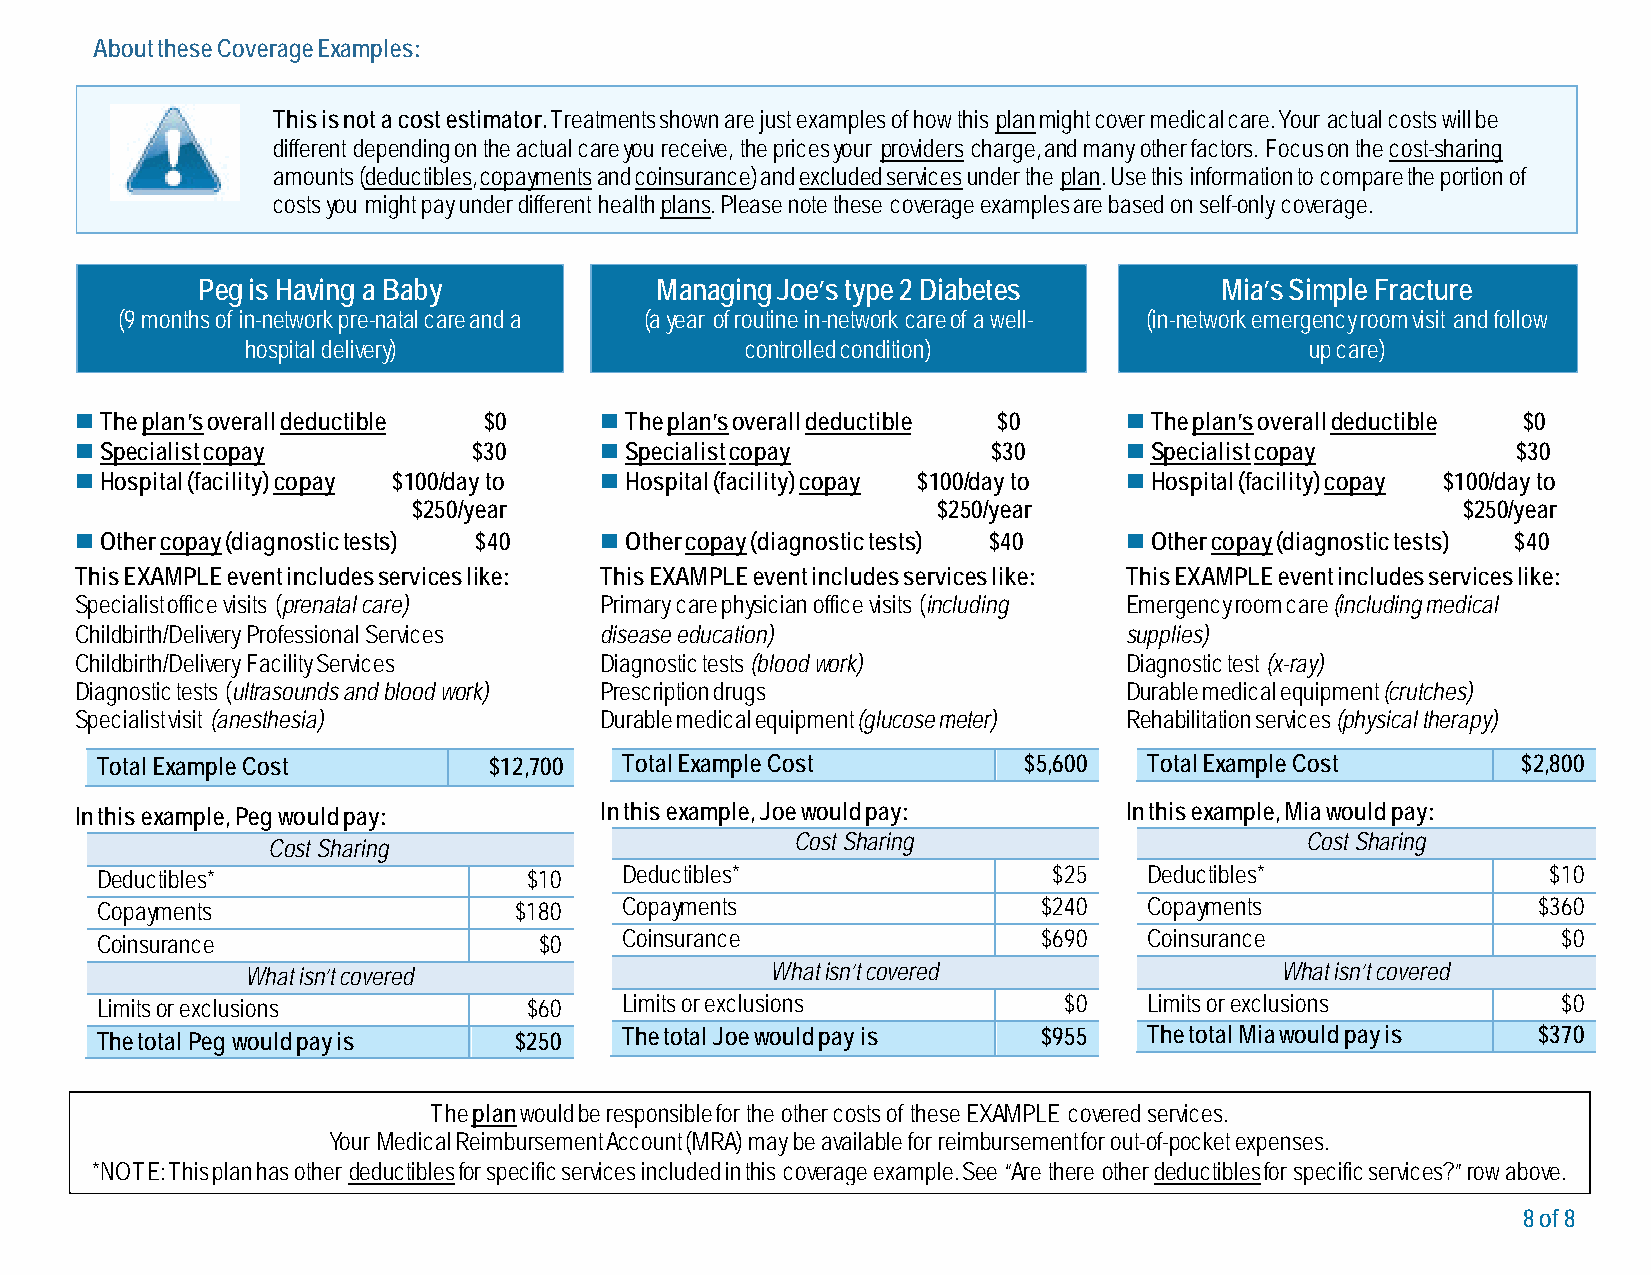
About these Coverage Examples:
 This is not a cost estimator. Treatments shown are just examples of how this plan might cover medical care. Your actual costs will be
 different depending on the actual care you receive, the prices your providers charge, and many other factors. Focus on the cost-sharing
 amounts (deductibles, copayments and coinsurance) and excluded services under the plan. Use this information to compare the portion of
 costs you might pay under different health plans. Please note these coverage examples are based on self-only coverage.
 Peg is Having a Baby          Managing Joe’s type 2 Diabetes        Mia’s Simple Fracture
 (9 months of in-network pre-natal care and a (a year of routine in-network care of a well- (in-network emergency room visit and follow
 hospital delivery)               controlled condition)                 up care)
  The plan’s overall deductible $0  The plan’s overall deductible $0  The plan’s overall deductible $0
  Specialist copay        $30       Specialist copay        $30      Specialist copay        $30
  Hospital (facility) copay $100/day to  Hospital (facility) copay $100/day to  Hospital (facility) copay $100/day to
 $250/year                          $250/year                          $250/year
  Other copay (diagnostic tests) $40  Other copay (diagnostic tests) $40  Other copay (diagnostic tests) $40
 This EXAMPLE event includes services like: This EXAMPLE event includes services like: This EXAMPLE event includes services like:
 Specialist office visits (prenatal care) Primary care physician office visits (including Emergency room care (including medical
 Childbirth/Delivery Professional Services disease education)         supplies)
 Childbirth/Delivery Facility Services Diagnostic tests (blood work)  Diagnostic test (x-ray)
 Diagnostic tests (ultrasounds and blood work) Prescription drugs     Durable medical equipment (crutches)
 Specialist visit (anesthesia)      Durable medical equipment (glucose meter) Rehabilitation services (physical therapy)
 Total Example Cost        $12,700  Total Example Cost         $5,600  Total Example Cost       $2,800
 In this example, Peg would pay:    In this example, Joe would pay:   In this example, Mia would pay:
 Cost Sharing                     Cost Sharing
 Cost Sharing
 Deductibles*                 $10   Deductibles*                 $25   Deductibles*               $10
 Copayments                  $180   Copayments                  $240   Copayments                $360
 Coinsurance                 $690   Coinsurance                $0
 Coinsurance                   $0
 What isn’t covered                 What isn’t covered                What isn’t covered
 Limits or exclusions         $60   Limits or exclusions         $0    Limits or exclusions       $0
 The total Peg would pay is  $250   The total Joe would pay is  $955   The total Mia would pay is $370
 The plan would be responsible for the other costs of these EXAMPLE covered services.
 Your Medical Reimbursement Account (MRA) may be available for reimbursement for out-of-pocket expenses.
 *NOTE: This plan has other deductibles for specific services included in this coverage example. See “Are there other deductibles for specific services?” row above.
 8 of 8